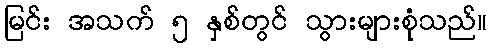
မြင်း အသက် ၅ နှစ်တွင် သွားများစုံသည်။